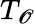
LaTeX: T_{\mathscr{O}}